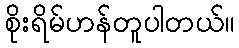
စိုးရိမ်ဟန်တူပါတယ်။